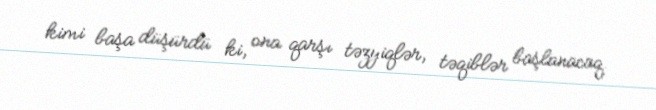
kimi başa düşürdü ki, ona qarşı təzyiqlər, təqiblər başlanacaq.